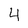
Character: 4